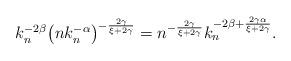
LaTeX: \begin{align*}k_n^{-2\beta}\bigl(nk_n^{-\alpha}\bigr)^{-\frac{2\gamma}{\xi+2\gamma}} = n^{-\frac{2\gamma}{\xi+2\gamma}} k_n^{-2\beta + \frac{2\gamma\alpha}{\xi+2\gamma}}.\end{align*}